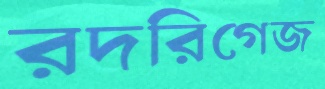
রদরিগেজ